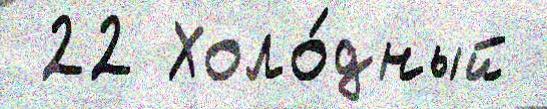
 22 Холо́дный